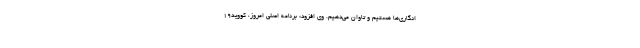
انگاری‌ها هستیم و تاوان می‌دهیم. وی افزود: برنامه اصلی امروز، کووید۱۹